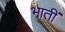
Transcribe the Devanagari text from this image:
भातीं